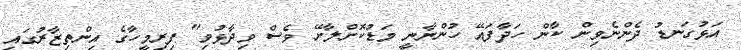
އަޅުގަނޑު ދެންނެވިން ކާން ހަދާފައޭ ހުންނާނީ މަޑުކޮށްލާށޭ ވެސް ވިދާޅުވި" ފިރިމީހާގެ އިންތިޒާރުގައި